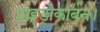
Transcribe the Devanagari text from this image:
हाइड्रोकार्बन।